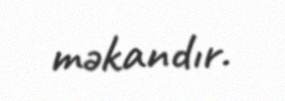
məkandır.